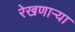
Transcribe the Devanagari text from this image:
रेखणाऱ्या